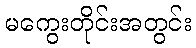
မကွေးတိုင်းအတွင်း